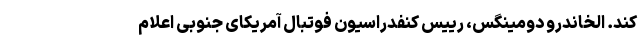
کند. الخاندرو دومینگس، رییس کنفدراسیون فوتبال آمریکای جنوبی اعلام